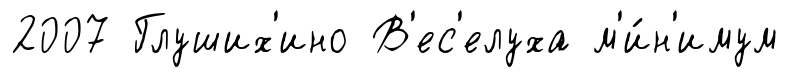
2007 Глуших'ино В'ес'елуха м'и́н'имум